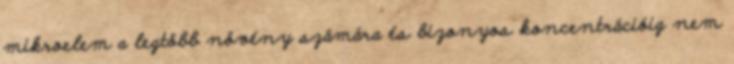
mikroelem a legtöbb növény számára és bizonyos koncentrációig nem